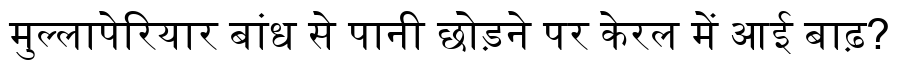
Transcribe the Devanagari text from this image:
मुल्लापेरियार बांध से पानी छोड़ने पर केरल में आई बाढ़?